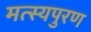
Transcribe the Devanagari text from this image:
मत्स्यपुरण